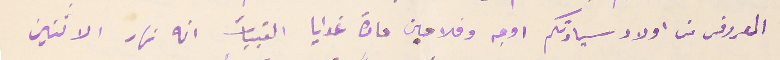
المعروف من اولاد سيادتكم اوجه وفلاحين حارة غوايا القبيات انه نهار الاثنين